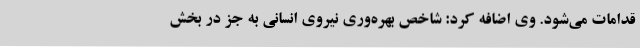
قدامات می‌شود. وی اضافه کرد: شاخص بهره‌وری نیروی انسانی به جز در بخش